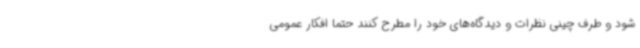
شود و طرف چینی نظرات و دیدگاه‌های خود را مطرح کنند حتما افکار عمومی